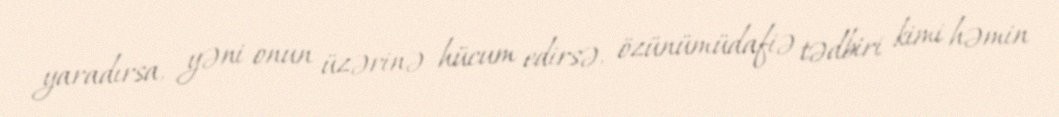
yaradırsa, yəni onun üzərinə hücum edirsə, özünümüdafiə tədbiri kimi həmin